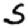
Digit: 5